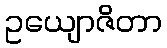
ဥယျောဇိတာ